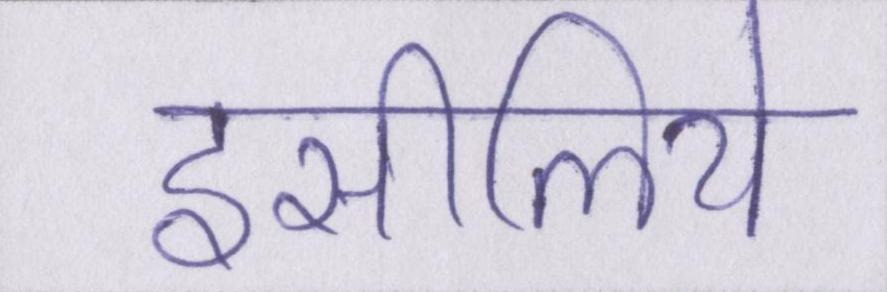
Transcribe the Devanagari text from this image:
इसीलिये